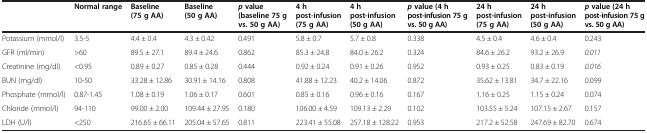
<table><thead><tr><td><b> </b></td><td><b>Normal range</b></td><td><b>Baseline (75 g AA)</b></td><td><b>Baseline (50 g AA)</b></td><td><b><i>p</i>value (baseline 75 g vs. 50 g AA)</b></td><td><b>4 h post-infusion (75 g AA)</b></td><td><b>4 h post-infusion (50 g AA)</b></td><td><b><i>p</i>value (4 h post-infusion 75 g vs. 50 g AA)</b></td><td><b>24 h post-infusion (75 g AA)</b></td><td><b>24 h post-infusion (50 g AA)</b></td><td><b><i>p</i>value (24 h post-infusion 75 g vs. 50 g AA)</b></td></tr></thead><tbody><tr><td>Potassium (mmol/l)</td><td>3.5-5</td><td>4.4?±?0.4</td><td>4.3?±?0.42</td><td>0.491</td><td>5.8?±?0.7</td><td>5.7?±?0.8</td><td>0.338</td><td>4.5?±?0.4</td><td>4.6?±?0.4</td><td>0.243</td></tr><tr><td>GFR (ml/min)</td><td>&gt;60</td><td>89.5?±?27.1</td><td>89.4?±?24.6</td><td>0.862</td><td>85.3?±?24.8</td><td>84.0?±?26.2</td><td>0.324</td><td>84.6?±?26.2</td><td>93.2?±?26.9</td><td><i>0.011</i></td></tr><tr><td>Creatinine (mg/dl)</td><td>&lt;0.95</td><td>0.89?±?0.27</td><td>0.85?±?0.28</td><td>0.444</td><td>0.92?±?0.24</td><td>0.91?±?0.26</td><td>0.952</td><td>0.93?±?0.25</td><td>0.83?±?0.19</td><td><i>0.016</i></td></tr><tr><td>BUN (mg/dl)</td><td>10-50</td><td>33.28?±?12.86</td><td>30.91?±?14.16</td><td>0.808</td><td>41.88?±?12.23</td><td>40.2?±?14.06</td><td>0.872</td><td>35.62?±?13.81</td><td>34.7?±?22.16</td><td>0.099</td></tr><tr><td>Phosphate (mmol/l)</td><td>0.87-1.45</td><td>1.08?±?0.19</td><td>1.06?±?0.17</td><td>0.601</td><td>0.85?±?0.16</td><td>0.96?±?0.16</td><td>0.167</td><td>1.16?±?0.25</td><td>1.15?±?0.24</td><td>0.074</td></tr><tr><td>Chloride (mmol/l)</td><td>94-110</td><td>99.00?±?2.00</td><td>109.44?±?27.95</td><td>0.180</td><td>106.00?±?4.59</td><td>109.13?±?2.29</td><td>0.102</td><td>103.55?±?5.24</td><td>107.15?±?2.67</td><td>0.157</td></tr><tr><td>LDH (U/l)</td><td>&lt;250</td><td>216.65?±?66.11</td><td>205.04?±?57.65</td><td>0.811</td><td>223.41?±?55.08</td><td>257.18?±?128.22</td><td>0.953</td><td>217.2?±?52.58</td><td>247.69?±?82.70</td><td>0.674</td></tr></tbody></table>